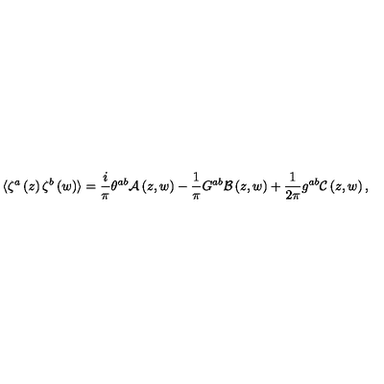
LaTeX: \langle \zeta ^ { a } \left( z \right) \zeta ^ { b } \left( w \right) \rangle = \frac { i } { \pi } \theta ^ { a b } \mathcal { A } \left( z , w \right) - \frac { 1 } { \pi } G ^ { a b } \mathcal { B } \left( z , w \right) + \frac { 1 } { 2 \pi } g ^ { a b } \mathcal { C } \left( z , w \right) ,